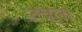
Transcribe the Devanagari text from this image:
उत्त्रेला